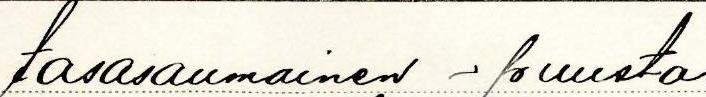
tasasaumainen - puusta